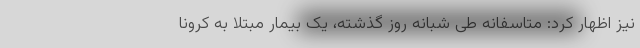
نیز اظهار کرد: متاسفانه طی شبانه روز گذشته، یک بیمار مبتلا به کرونا